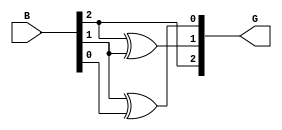
module gray_code_encoder #(parameter n = 3) (
    input [n-1:0] B,      // n-bit binary input
    output [n-1:0] G      // n-bit Gray code output
);

    // The MSB of Gray code is the same as the MSB of the binary input
    assign G[n-1] = B[n-1];

    // Generate the remaining Gray code bits using XOR
    genvar i;
    generate
        for (i = n-2; i >= 0; i = i - 1) begin : gray_conversion
            assign G[i] = B[i+1] ^ B[i];
        end
    endgenerate

endmodule